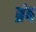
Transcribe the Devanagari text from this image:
ब्रंब